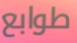
طوابع